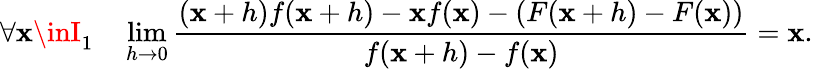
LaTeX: \forall\mathbf{x}\inI_{1}\quad\operatorname*{lim}_{h\to0}{\frac{{(\mathbf{x}+h)f(\mathbf{x}+h)-\mathbf{x}f(\mathbf{x})-\left(F(\mathbf{x}+h)-F(\mathbf{x})\right)}}{{f(\mathbf{x}+h)-f(\mathbf{x})}}}=\mathbf{x}.